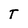
Character: T